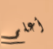
أعلم